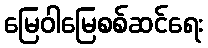
မြေဝါမြေစစ်ဆင်ရေး